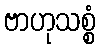
ဗာဟုသစ္စံ